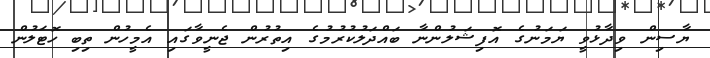
ޔާސިން ވިދާޅުވީ ޔަމަނުގެ އޮފިޝަލުންނާ ބައްދަލުކުރުމުގެ އިތުރުން ޖެނީވާގައި އެމީހުން ތިބި ހޮޓަލުން